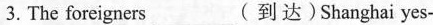
3.The foreigners___( 到 达)Shanghai yes-